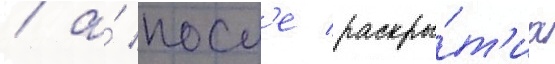
/ а́ посл'е раскры́т'иа